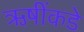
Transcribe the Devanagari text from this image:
ऋषींकडे